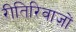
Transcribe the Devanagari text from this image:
रीतिरिवाज़ों